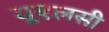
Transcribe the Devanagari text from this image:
यूएलसी